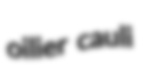
oilier cauli